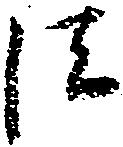
法